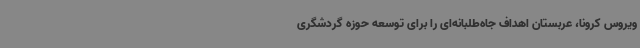
ویروس کرونا، عربستان اهداف جاه‌طلبانه‌ای را برای توسعه حوزه گردشگری